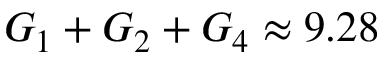
G _ { 1 } + G _ { 2 } + G _ { 4 } \approx 9 . 2 8